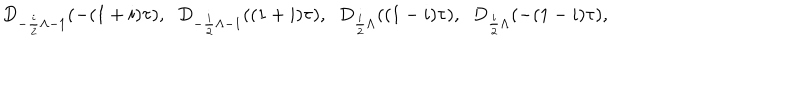
D _ { - \frac { i } { 2 } \Lambda - 1 } ( - ( 1 + i ) \tau ) , \; \; D _ { - \frac { i } { 2 } \Lambda - 1 } ( ( 1 + i ) \tau ) , \; \; D _ { \frac { i } { 2 } \Lambda } ( ( 1 - i ) \tau ) , \; \; D _ { \frac { i } { 2 } \Lambda } ( - ( 1 - i ) \tau ) ,